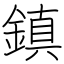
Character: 鎮